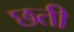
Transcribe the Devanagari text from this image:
छती